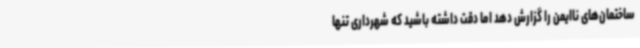
ساختمان‌های ناایمن را گزارش دهد اما دقت داشته باشید که شهرداری تنها